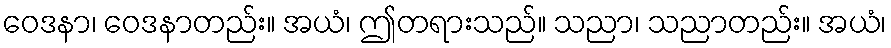
ဝေဒနာ၊ ဝေဒနာတည်း။ အယံ၊ ဤတရားသည်။ သညာ၊ သညာတည်း။ အယံ၊